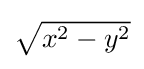
{\textstyle {\sqrt {x^{2}-y^{2}}}}